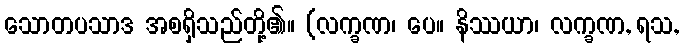
သောတပသာဒ အစရှိသည်တို့၏။ (လက္ခဏ၊ ပေ။ နိဿယာ၊ လက္ခဏ, ရသ,